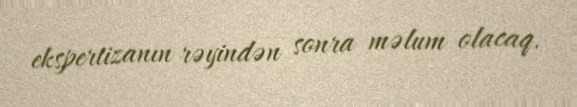
ekspertizanın rəyindən sonra məlum olacaq.